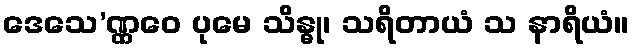
ဒေသေ’ဏ္ဏဝေ ပုမေ သိန္ဓု၊ သရိတာယံ သ နာရိယံ။